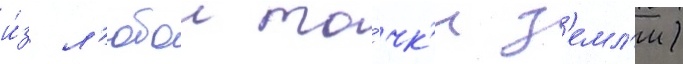
и́з л'юбои то́чк'и з'емл'и)